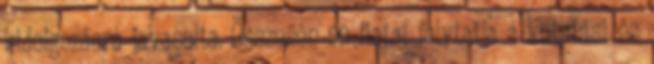
kidolgozásra javasolta. Összesen 99 fiatal folytatja a kutatási és